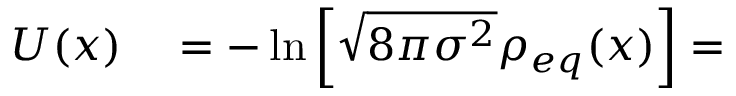
\begin{array} { r l } { U ( x ) } & { { } = - \ln \left[ \sqrt { 8 \pi \sigma ^ { 2 } } \rho _ { e q } ( x ) \right] = } \end{array}